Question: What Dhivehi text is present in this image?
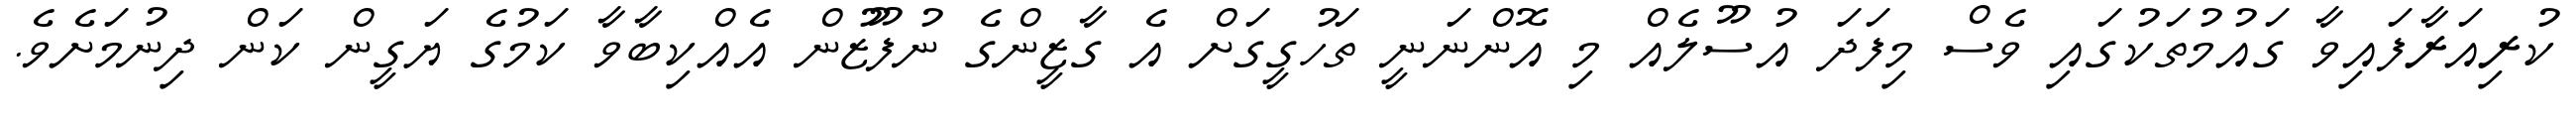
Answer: ކުރިއަރާފައިވާ ގައުމުތަކުގައި ވެސް މިފަދަ އުސޫލެއް މި އޮންނަނީ ތަހުގީގަށް އެ ގާޒީންގެ ނުފޫޒުން އެއްކިބާވާ ކަމުގެ ޔަގީން ކަން ދިނުމަށެވެ.